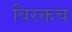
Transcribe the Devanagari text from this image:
विरक्तच